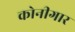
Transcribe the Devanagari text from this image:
कोनीगार